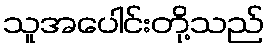
သူအပေါင်းတို့သည်